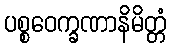
ပစ္စဝေက္ခဏာနိမိတ္တံ